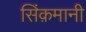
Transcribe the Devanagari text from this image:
सिंक़मानी